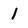
Character: l